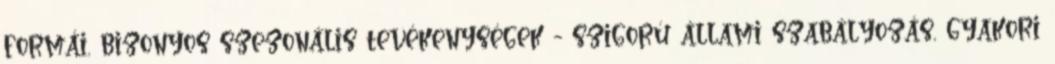
formái, bizonyos szezonális tevékenységek - szigorú állami szabályozás, gyakori